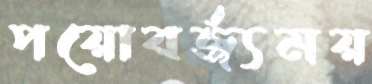
পয়োবর্জ্যময়